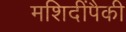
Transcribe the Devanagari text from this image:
मशिदींपैकी